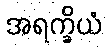
အရက္ခိယံ